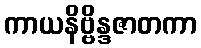
ကာယနိဗ္ဗိန္ဒဇာတကာ